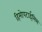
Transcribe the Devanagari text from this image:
हिमोपटाईसिस